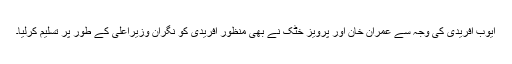
ایوب آفریدی کی وجہ سے عمران خان اور پرویز خٹک نے بھی منظور آفریدی کو نگران وزیراعلیٰ کے طور پر تسلیم کرلیا۔